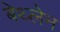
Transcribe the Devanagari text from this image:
बेथ्लेन